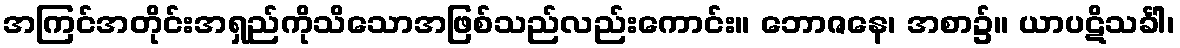
အကြင်အတိုင်းအရှည်ကိုသိသောအဖြစ်သည်လည်းကောင်း။ ဘောဇနေ၊ အစာ၌။ ယာပဋိသင်္ခါ၊